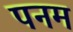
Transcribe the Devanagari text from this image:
पनम